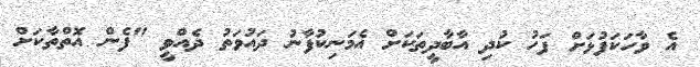
އެ ވާހަކަފުޅަށް ފަހު ކުދި އާބާދީތަކަށް އެމަނިކުފާނު ދައުވަތު ދެއްވީ "ފެން އޮތްތާކަށް